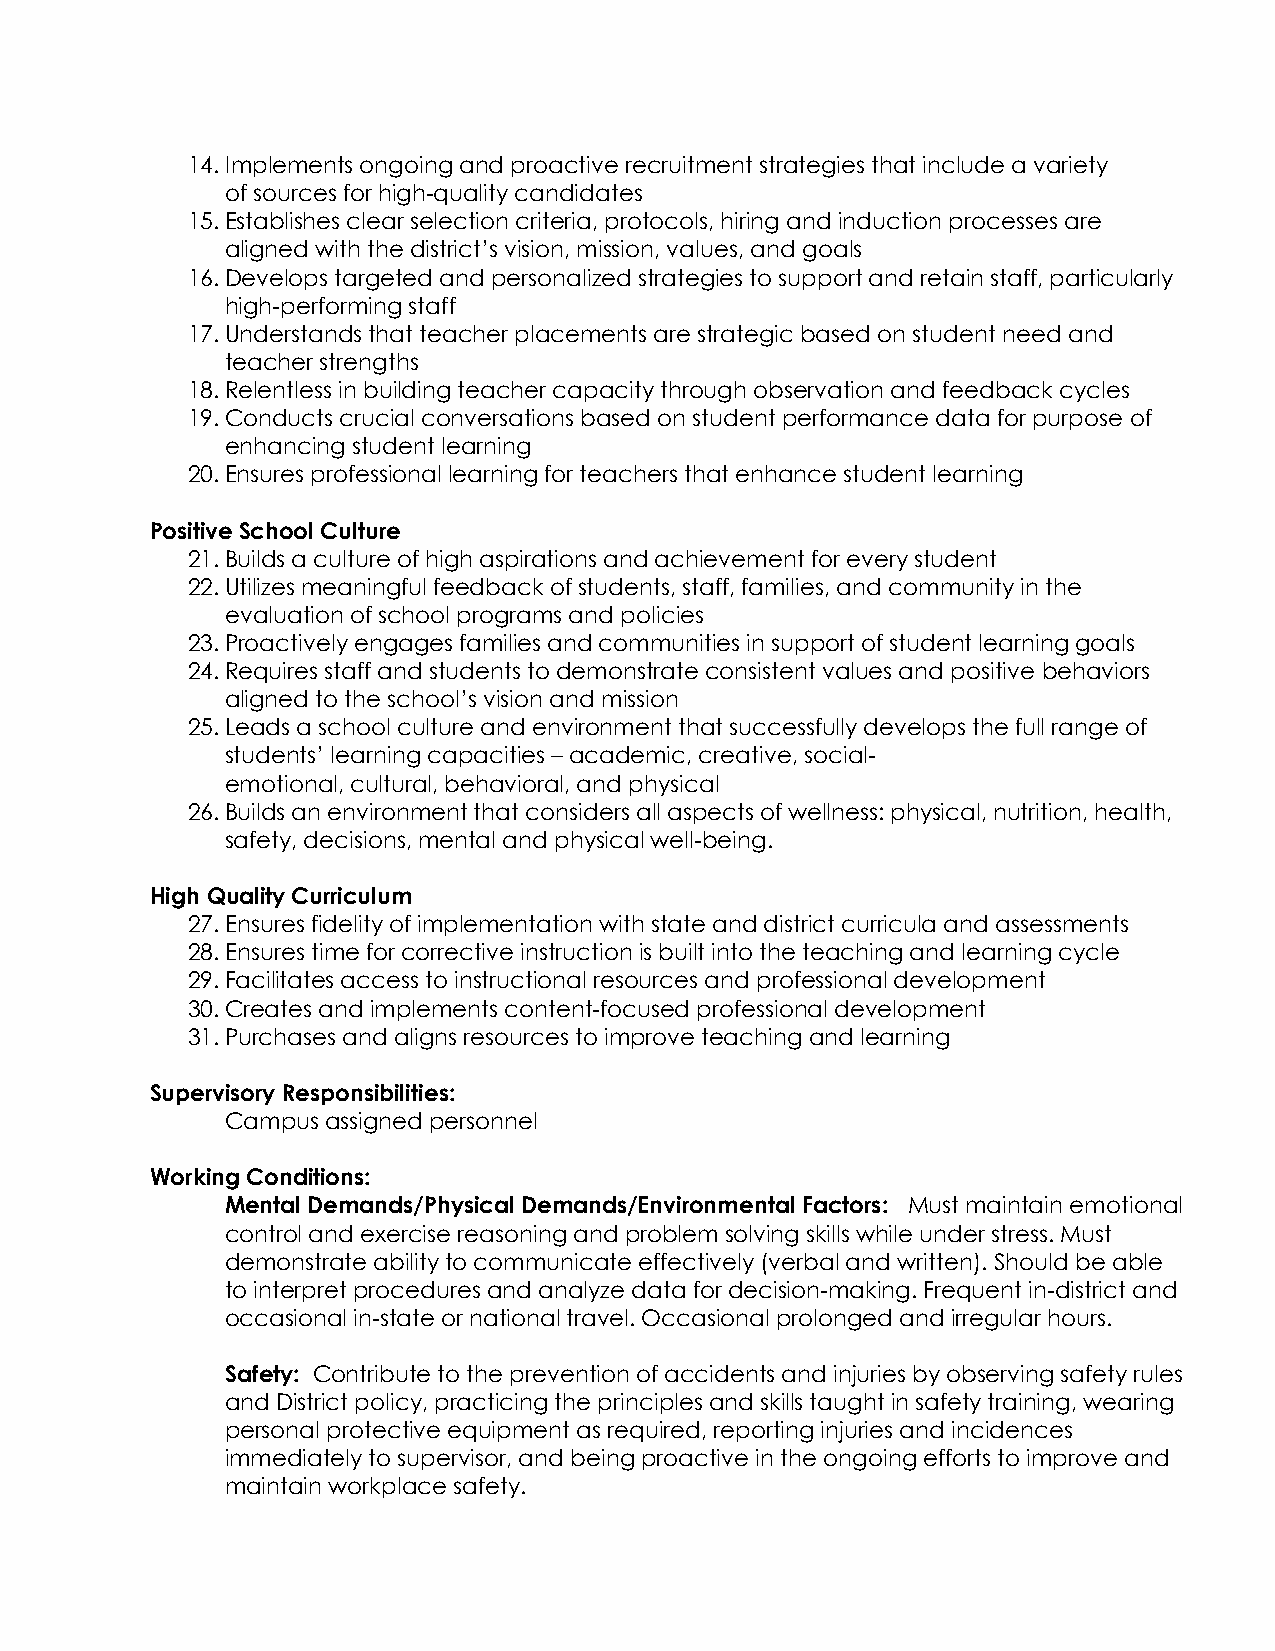
14. Implements ongoing and proactive recruitment strategies that include a variety
 of sources for high-quality candidates
 15. Establishes clear selection criteria, protocols, hiring and induction processes are
 aligned with the district’s vision, mission, values, and goals
 16. Develops targeted and personalized strategies to support and retain staff, particularly
 high-performing staff
 17. Understands that teacher placements are strategic based on student need and
 teacher strengths
 18. Relentless in building teacher capacity through observation and feedback cycles
 19. Conducts crucial conversations based on student performance data for purpose of
 enhancing student learning
 20. Ensures professional learning for teachers that enhance student learning
 Positive School Culture
 21. Builds a culture of high aspirations and achievement for every student
 22. Utilizes meaningful feedback of students, staff, families, and community in the
 evaluation of school programs and policies
 23. Proactively engages families and communities in support of student learning goals
 24. Requires staff and students to demonstrate consistent values and positive behaviors
 aligned to the school’s vision and mission
 25. Leads a school culture and environment that successfully develops the full range of
 students’ learning capacities – academic, creative, social-
 emotional, cultural, behavioral, and physical
 26. Builds an environment that considers all aspects of wellness: physical, nutrition, health,
 safety, decisions, mental and physical well-being.
 High Quality Curriculum
 27. Ensures fidelity of implementation with state and district curricula and assessments
 28. Ensures time for corrective instruction is built into the teaching and learning cycle
 29. Facilitates access to instructional resources and professional development
 30. Creates and implements content-focused professional development
 31. Purchases and aligns resources to improve teaching and learning
 Supervisory Responsibilities:
 Campus assigned personnel
 Working Conditions:
 Mental Demands/Physical Demands/Environmental Factors: Must maintain emotional
 control and exercise reasoning and problem solving skills while under stress. Must
 demonstrate ability to communicate effectively (verbal and written). Should be able
 to interpret procedures and analyze data for decision-making. Frequent in-district and
 occasional in-state or national travel. Occasional prolonged and irregular hours.
 Safety: Contribute to the prevention of accidents and injuries by observing safety rules
 and District policy, practicing the principles and skills taught in safety training, wearing
 personal protective equipment as required, reporting injuries and incidences
 immediately to supervisor, and being proactive in the ongoing efforts to improve and
 maintain workplace safety.